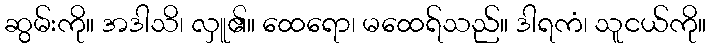
ဆွမ်းကို။ အဒါသိ၊ လှူ၏။ ထေရော၊ မထေရ်သည်။ ဒါရကံ၊ သူငယ်ကို။